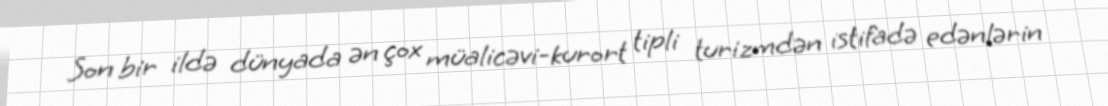
Son bir ildə dünyada ən çox müalicəvi-kurort tipli turizmdən istifadə edənlərin